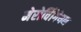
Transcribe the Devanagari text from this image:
मेरोविंगियन